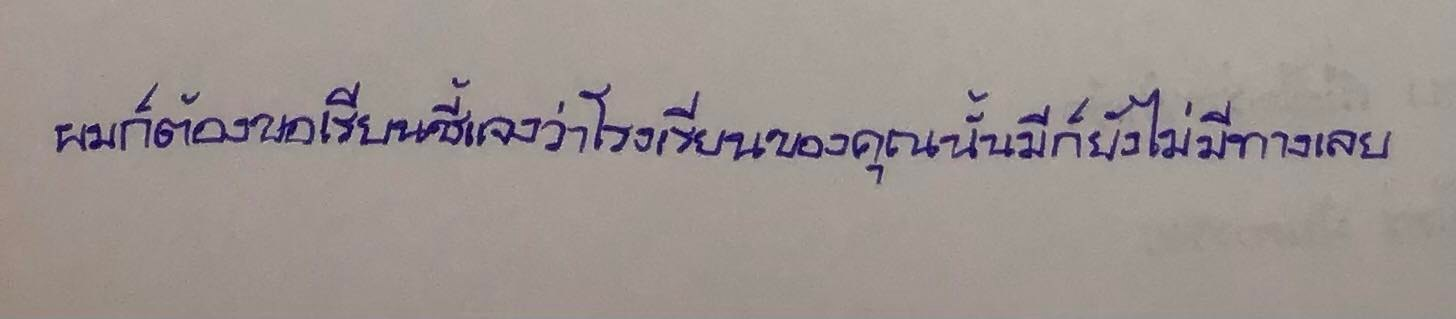
ผมก็ต้องขอเรียนชี้แจงว่าโรงเรียนของคุณนั้นมีก็ยังไม่มีทางเลย